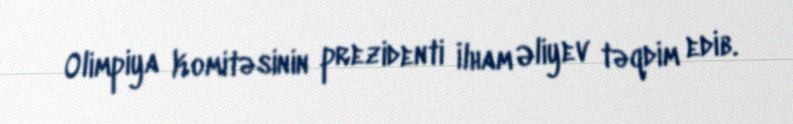
Olimpiya Komitəsinin prezidenti İlham Əliyev təqdim edib.